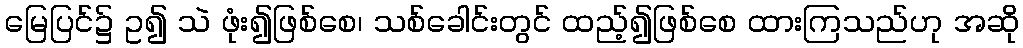
မြေပြင်၌ ဥ၍ သဲ ဖုံး၍ဖြစ်စေ၊ သစ်ခေါင်းတွင် ထည့်၍ဖြစ်စေ ထားကြသည်ဟု အဆို